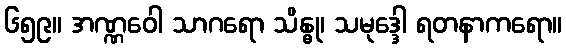
၆၅၉။ အဏ္ဏဝေါ သာဂရော သိန္ဓု၊ သမုဒ္ဒေါ ရတနာကရော။